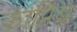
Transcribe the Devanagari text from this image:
काप्रिड